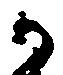
か